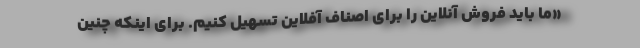
«ما باید فروش آنلاین را برای اصناف آفلاین تسهیل کنیم. برای اینکه چنین